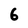
Character: 6